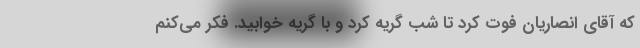
که آقای انصاریان فوت کرد تا شب گریه کرد و با گریه خوابید. فکر می‌کنم